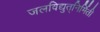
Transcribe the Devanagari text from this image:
जलविद्युत्‌निर्मिती